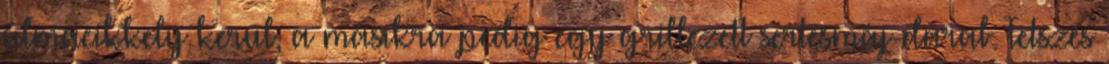
almacikkely kerül, a másikra pedig egy grillezett sertésmáj-darab. Tetszés